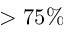
> 7 5 \%